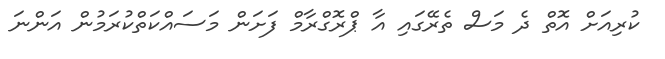
ކުރިއަށް އޮތް ދެ މަސް ތެރޭގައި އާ ޕްރޮގްރާމް ފަށަން މަސައްކަތްކުރަމުން އަންނަ